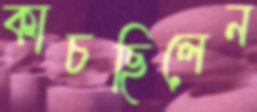
কাচছিলেন